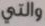
والتي